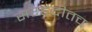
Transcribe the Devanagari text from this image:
सरहद्दीतच